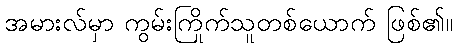
အမားလ်မှာ ကွမ်းကြိုက်သူတစ်ယောက် ဖြစ်၏။